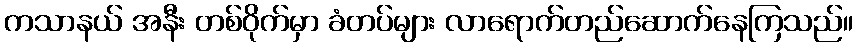
ကသာနယ် အနီး တစ်ဝိုက်မှာ ခံတပ်များ လာရောက်တည်ဆောက်နေကြသည်။